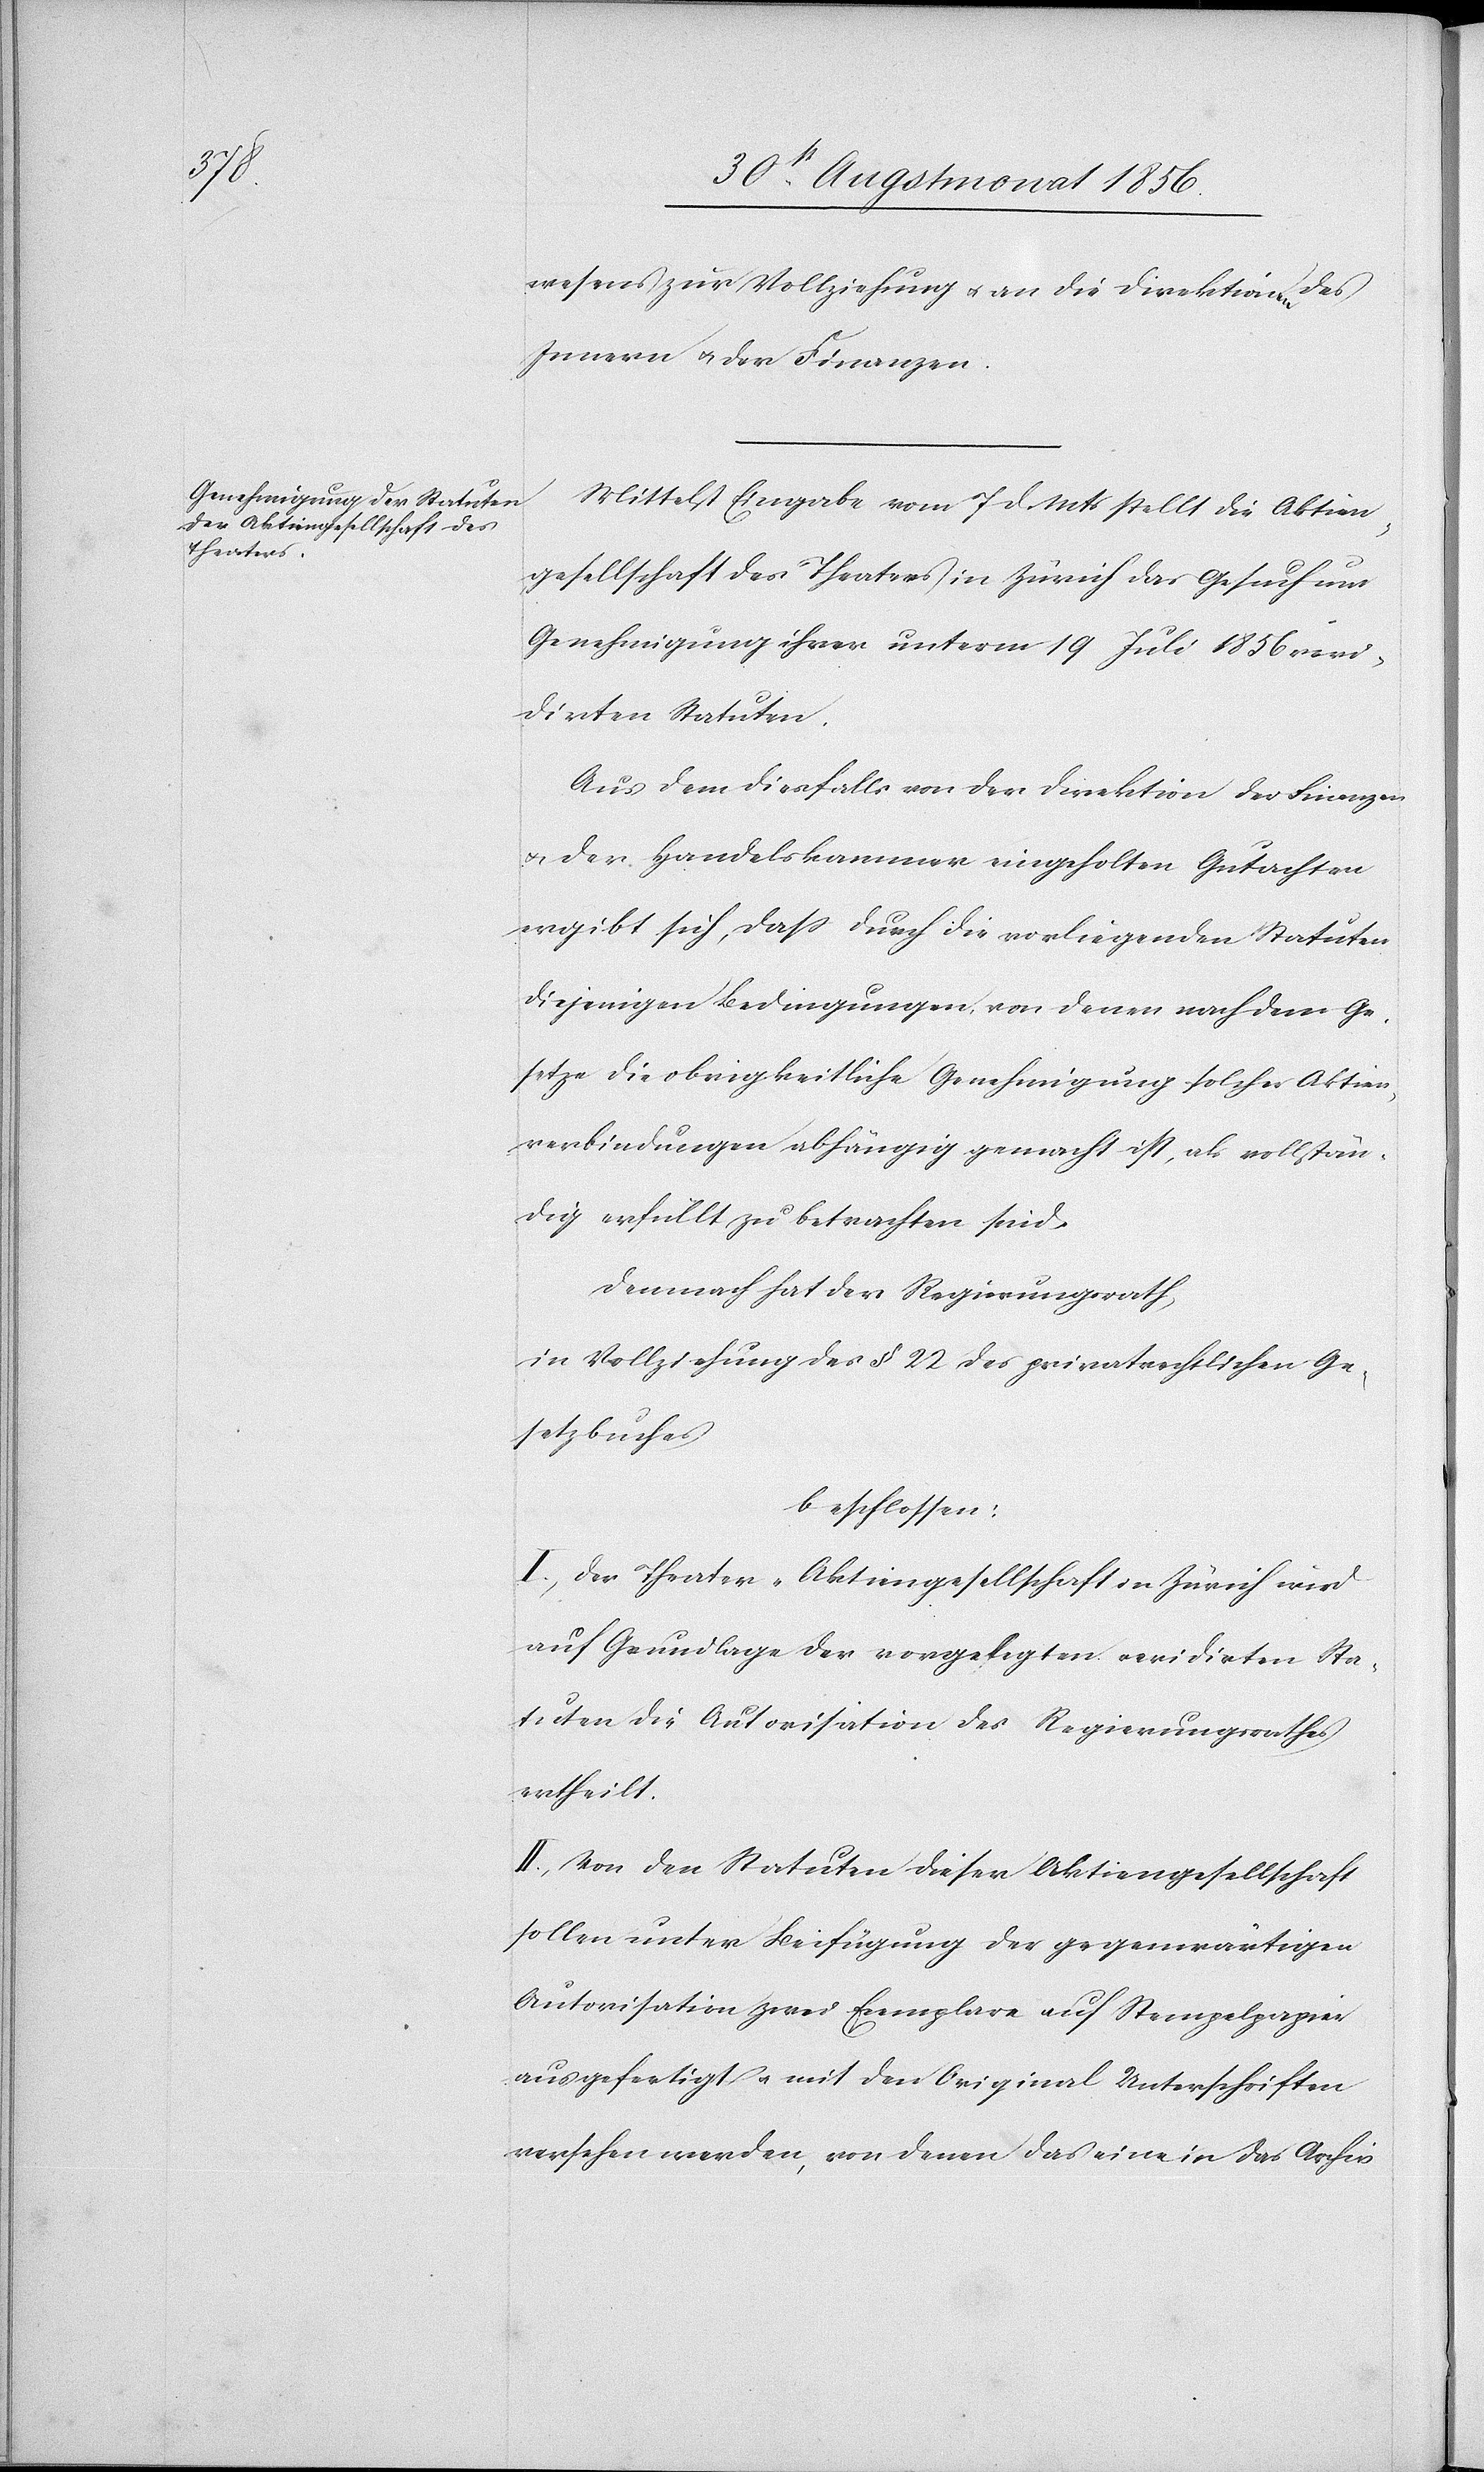
wesens zur Vollziehung u. an die Direktionen des
Innern u. der Finanzen.
Mittelst Eingabe vom 7 d. Mts stellt die Aktien¬
gesellschaft des Theaters in Zürich das Gesuch um
Genehmigung ihrer unterm 19 Juli 1856 revi¬
dirten Statuten.
Aus dem diesfalls von der Direktion der Finanzen
u. der Handelskammer eingeholten Gutachten
ergibt sich, dass durch die vorliegenden Statuten
diejenigen Bedingungen, von denen nach dem Ge¬
setze die obrigkeitliche Genehmigung solcher Aktien¬
verbindungen abhängig gemacht ist, als vollstän¬
dig erfüllt zu betrachten sind.
Demnach hat der Regierungsrath,
in Vollziehung des § 22 des privatrechtlichen Ge¬
setzbuches
beschlossen:
I.) Der Theater-Aktiengesellschaft in Zürich wird
auf Grundlage der vorgelegten revidirten Sta¬
tuten die Autorisation des Regierungsrathes
ertheilt.
II.) Von den Statuten dieser Aktiengesellschaft
sollen unter Beifügung der gegenwärtigen
Autorisation zwei Exemplare auf Stempelpapier
ausgefertigt u. mit den Original Unterschriften
versehen werden, von denen das eine in das Archiv